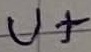
Text: U+